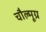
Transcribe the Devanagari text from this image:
चौल्मूग्र